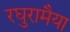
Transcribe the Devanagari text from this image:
रघुरामैया